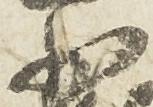
少